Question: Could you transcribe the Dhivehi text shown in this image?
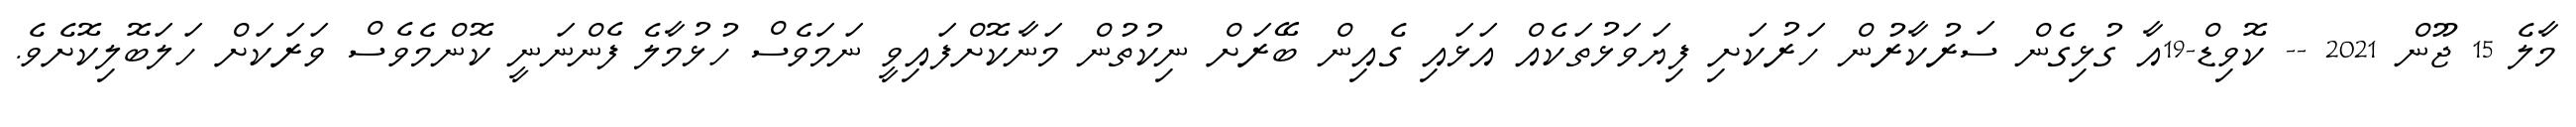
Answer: މާލެ 15 ޖޫން 2021 -- ކޮވިޑް-19އާ ގުޅިގެން ސަރުކާރުން ހަރުކަށި ފިޔަވަޅުތަކެއް އަޅައި ގެއިން ބޭރަށް ނިކުތުން މަނާކޮށްފައިވީ ނަމަވެސް ހުޅުމާލެ ފެންނަނީ ކޮންމެވެސް ވަރަކަށް ހަލަބޮލިކޮށެވެ.